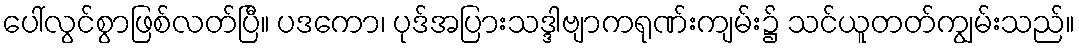
ပေါ်လွင်စွာဖြစ်လတ်ပြီ။ ပဒကော၊ ပုဒ်အပြားသဒ္ဒါဗျာကရုဏ်းကျမ်း၌ သင်ယူတတ်ကျွမ်းသည်။